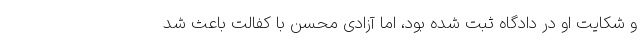
و شکایت او در دادگاه ثبت شده بود، اما آزادی محسن با کفالت باعث شد